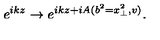
e ^ { i k z } \rightarrow e ^ { i k z + i A ( b ^ { 2 } = x _ { \perp } ^ { 2 } , v ) } .